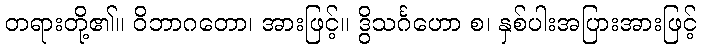
တရားတို့၏။ ဝိဘာဂတော၊ အားဖြင့်။ ဒွိသင်္ဂဟော စ၊ နှစ်ပါးအပြားအားဖြင့်